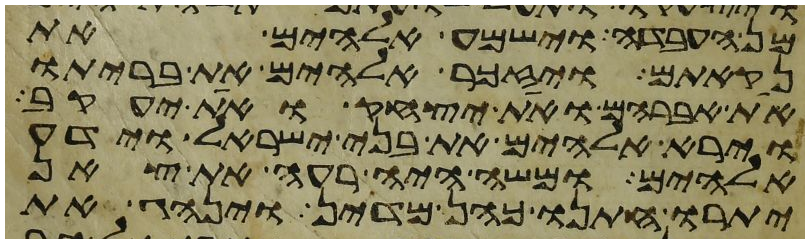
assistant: מן העבדה וישמע אלהים את
נקאתם ויזכר אלהים את בריתו
את אברהם ואת יצחק ואת יעקב
וירא אלהים את בני ישראל וידע
אלהים ומשה היה רעה את צאן
יתרו חתנו כהן מדין וינהג את